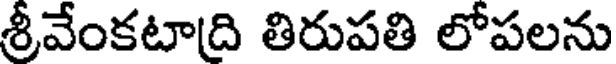
శ్రీవేంకటాది తిరుపతి లోపలను